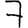
Digit: 7